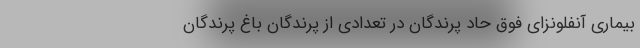
بیماری آنفلونزای فوق حاد پرندگان در تعدادی از پرندگان باغ پرندگان